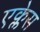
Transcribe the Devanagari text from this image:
एक्लेस